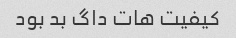
کیفیت هات داگ بد بود